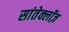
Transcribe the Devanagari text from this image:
सांतेक्लॉज़